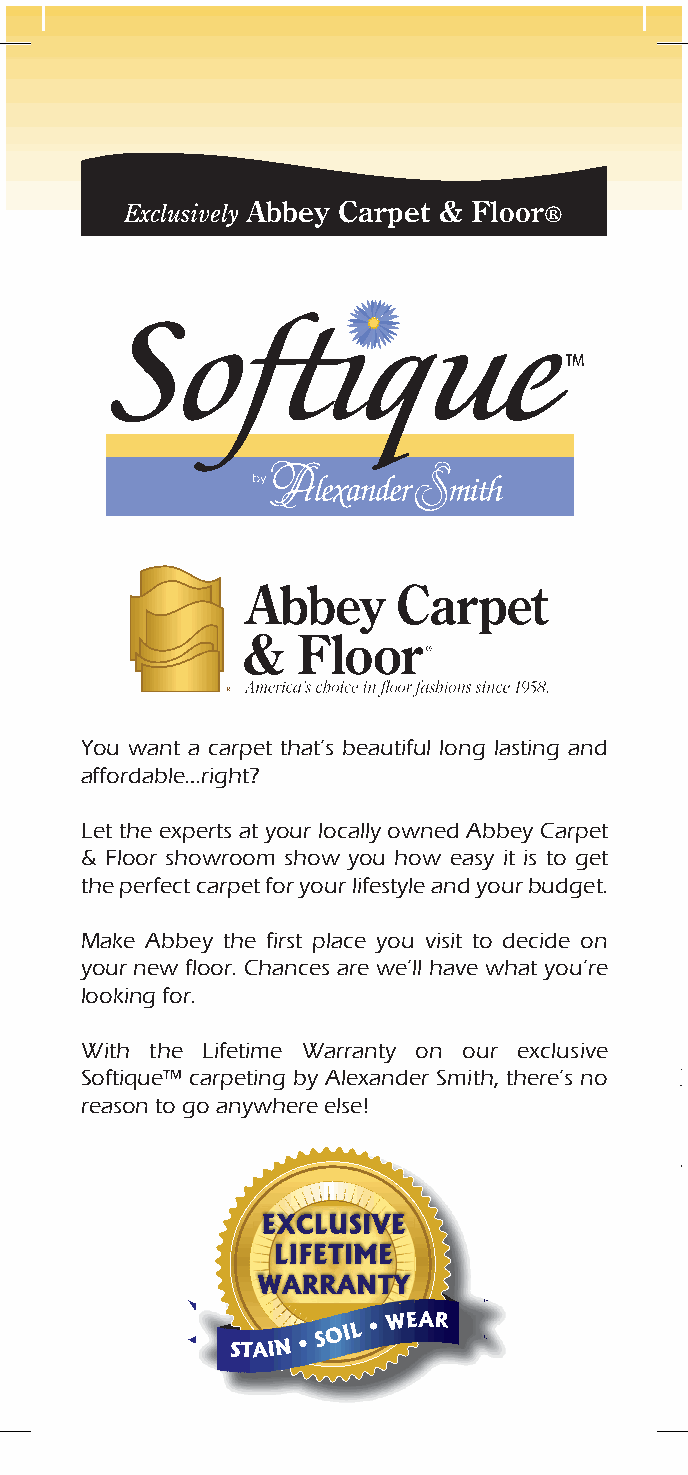
Exclusively Abbey Carpet & Floor®
 You want a carpet that’s beautiful long lasting and
 affordable…right?
 Let the experts at your locally owned Abbey Carpet
 & Floor showroom show you how easy it is to get
 Softique™ carpeting is created with 100%
 the perfect carpet for your lifestyle and your budget.
 for its incredible durability, its excellent stain and
 Make Abbey the first place you visit to decide on
 fade resistance, and its appearance retention.
 your new floor. Chances are we’ll have what you’re
 looking for.
 With the Lifetime Warranty on our exclusive
 Softique™ carpeting by Alexander Smith, there’s no your new carpet is extra-strong, extra-durable, and
 reason to go anywhere else!
 All Softique™ carpet features Scotchgard™